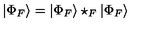
| \Phi _ { F } \rangle = | \Phi _ { F } \rangle \star _ { F } | \Phi _ { F } \rangle \,